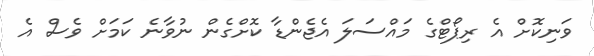
ވަނިކޮށް އެ ރިޕޯޓްގެ މައްސަލަ އެޖެންޑާ ކޮށްގެން ނުވާނެ ކަމަށް ވެސް އެ